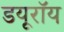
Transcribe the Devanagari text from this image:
डयूरॉय